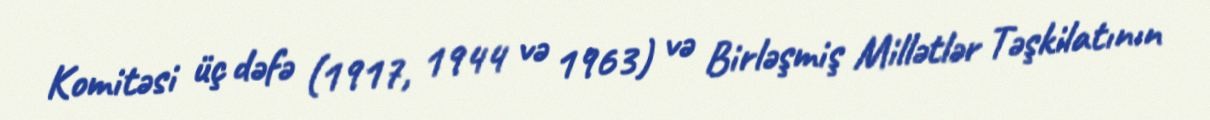
Komitəsi üç dəfə (1917, 1944 və 1963) və Birləşmiş Millətlər Təşkilatının